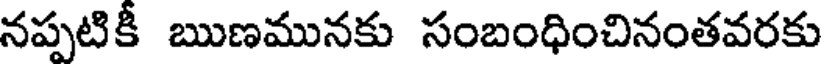
నప్పటికీ ఋణమునకు సంబంధించినంతవరకు